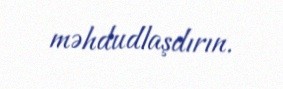
məhdudlaşdırın.